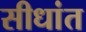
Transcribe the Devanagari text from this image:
सीधांत